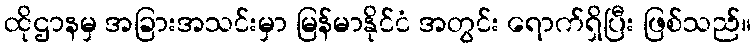
ထိုဌာနမှ အခြားအသင်းမှာ မြန်မာနိုင်ငံ အတွင်း ရောက်ရှိပြီး ဖြစ်သည်။